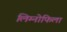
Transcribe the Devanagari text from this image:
लिम्नोफिला